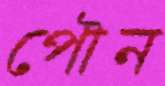
পৌন